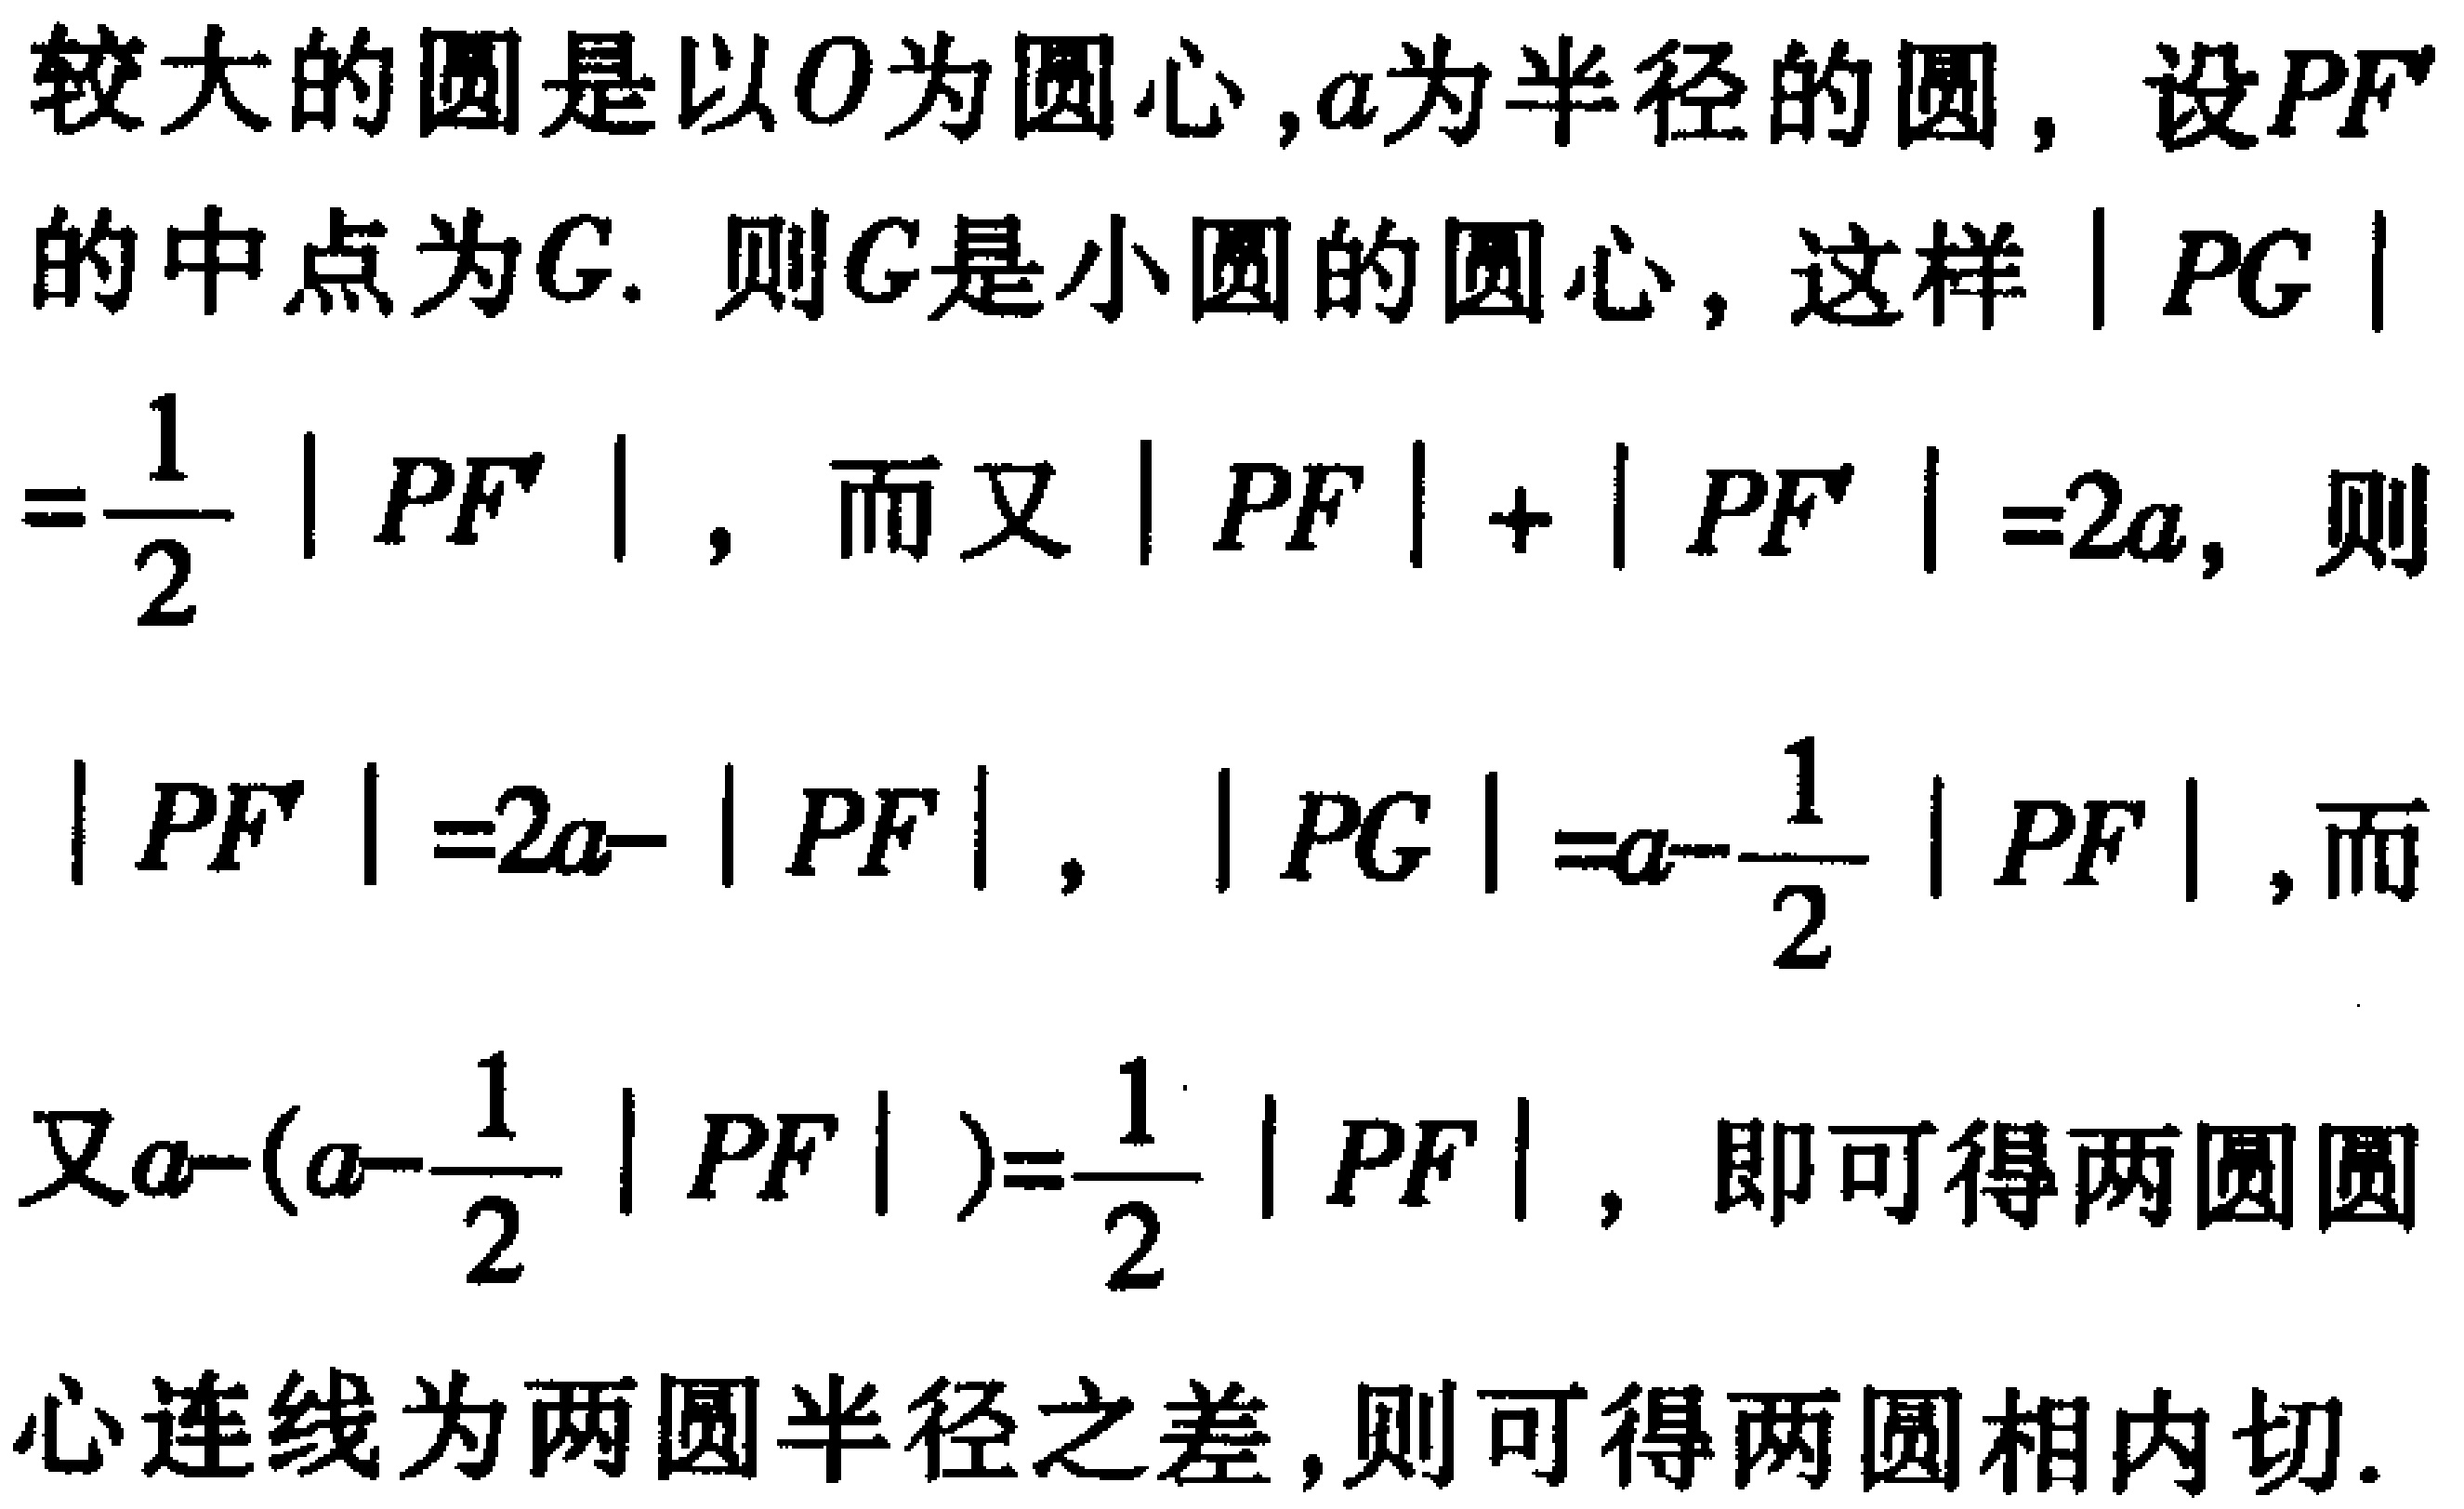
较大的圆是以\(O\)为圆心,\(a\)为半径的圆，设\(PF'\)的中点为\(G\). 则\(G\)是小圆的圆心，这样\(\vert PG\vert=\frac{1}{2}\vert PF'\vert\)，而又\(\vert PF\vert + \vert PF'\vert = 2a\)，则\(\vert PF'\vert = 2a - \vert PF\vert\)，\(\vert PG\vert = a - \frac{1}{2}\vert PF\vert\)，而又\(a - (a - \frac{1}{2}\vert PF\vert)=\frac{1}{2}\vert PF\vert\)，即可得两圆圆心连线为两圆半径之差,则可得两圆相内切.